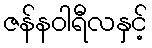
ဇန်နဝါရီလနှင့်